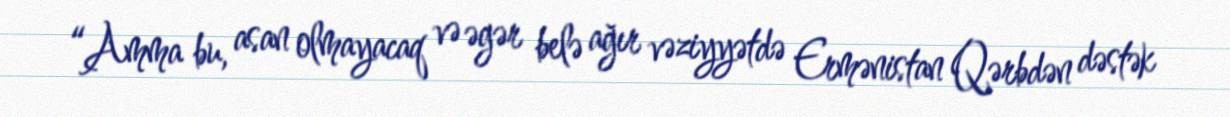
“Amma bu, asan olmayacaq və əgər belə ağır vəziyyətdə Ermənistan Qərbdən dəstək